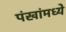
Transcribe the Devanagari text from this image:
पंखांमध्ये